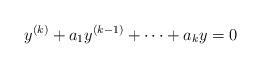
LaTeX: \begin{align*}y^{(k)}+a_1y^{(k-1)}+\dots + a_ky=0\end{align*}